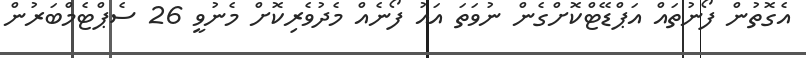
އެގޮތުން ފޯނުތައް އަޕްޑޭޓްކޮށްގެން ނުވަތަ އައު ފޯނެއް މެދުވެރިކޮށް މެނުވީ 26 ސެޕްޓެމްބަރުން